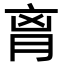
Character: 𦚾